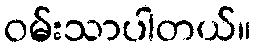
ဝမ်းသာပါတယ်။